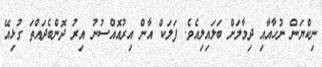
ނިކްޔަން ނުހާއާއި ދިމާލަށް ބަލައިލިއެވެ. ފަލަކް އާން އިރުއޮއްސުނު އިރު ދޮންބެދައްތަ ގުޅިއޭ